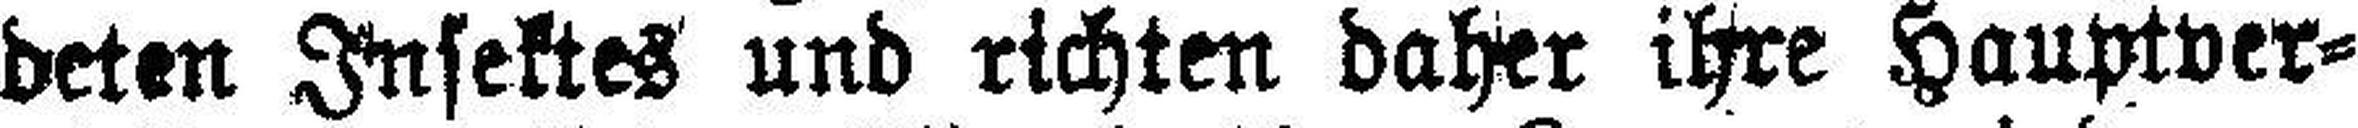
deten Insektes und richten daher ihre Hauptver¬